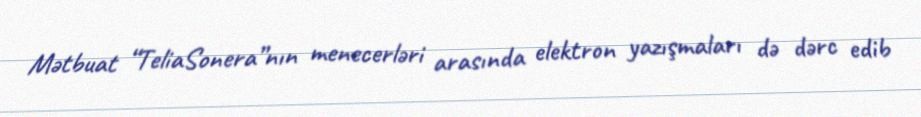
Mətbuat “TeliaSonera”nın menecerləri arasında elektron yazışmaları də dərc edib